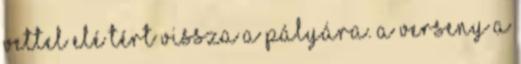
Vettel elé tért vissza a pályára. A verseny a